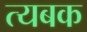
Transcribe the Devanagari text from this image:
त्यबक